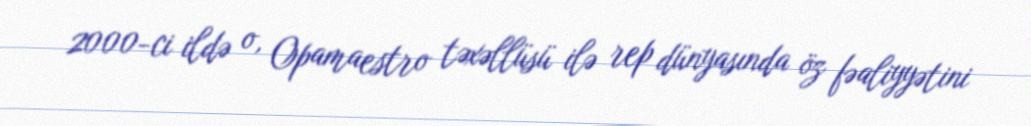
2000-ci ildə o, Opamaestro təxəllüsü ilə rep dünyasında öz fəaliyyətini